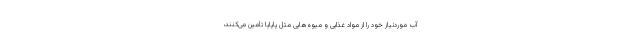
آب موردنیاز خود را از مواد غذایی و میوه‌هایی مثل پاپایا تأمین می‌کنند،